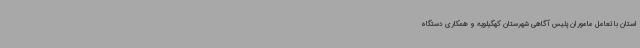
استان با تعامل ماموران پلیس آگاهی شهرستان کهگیلویه و همکاری دستگاه